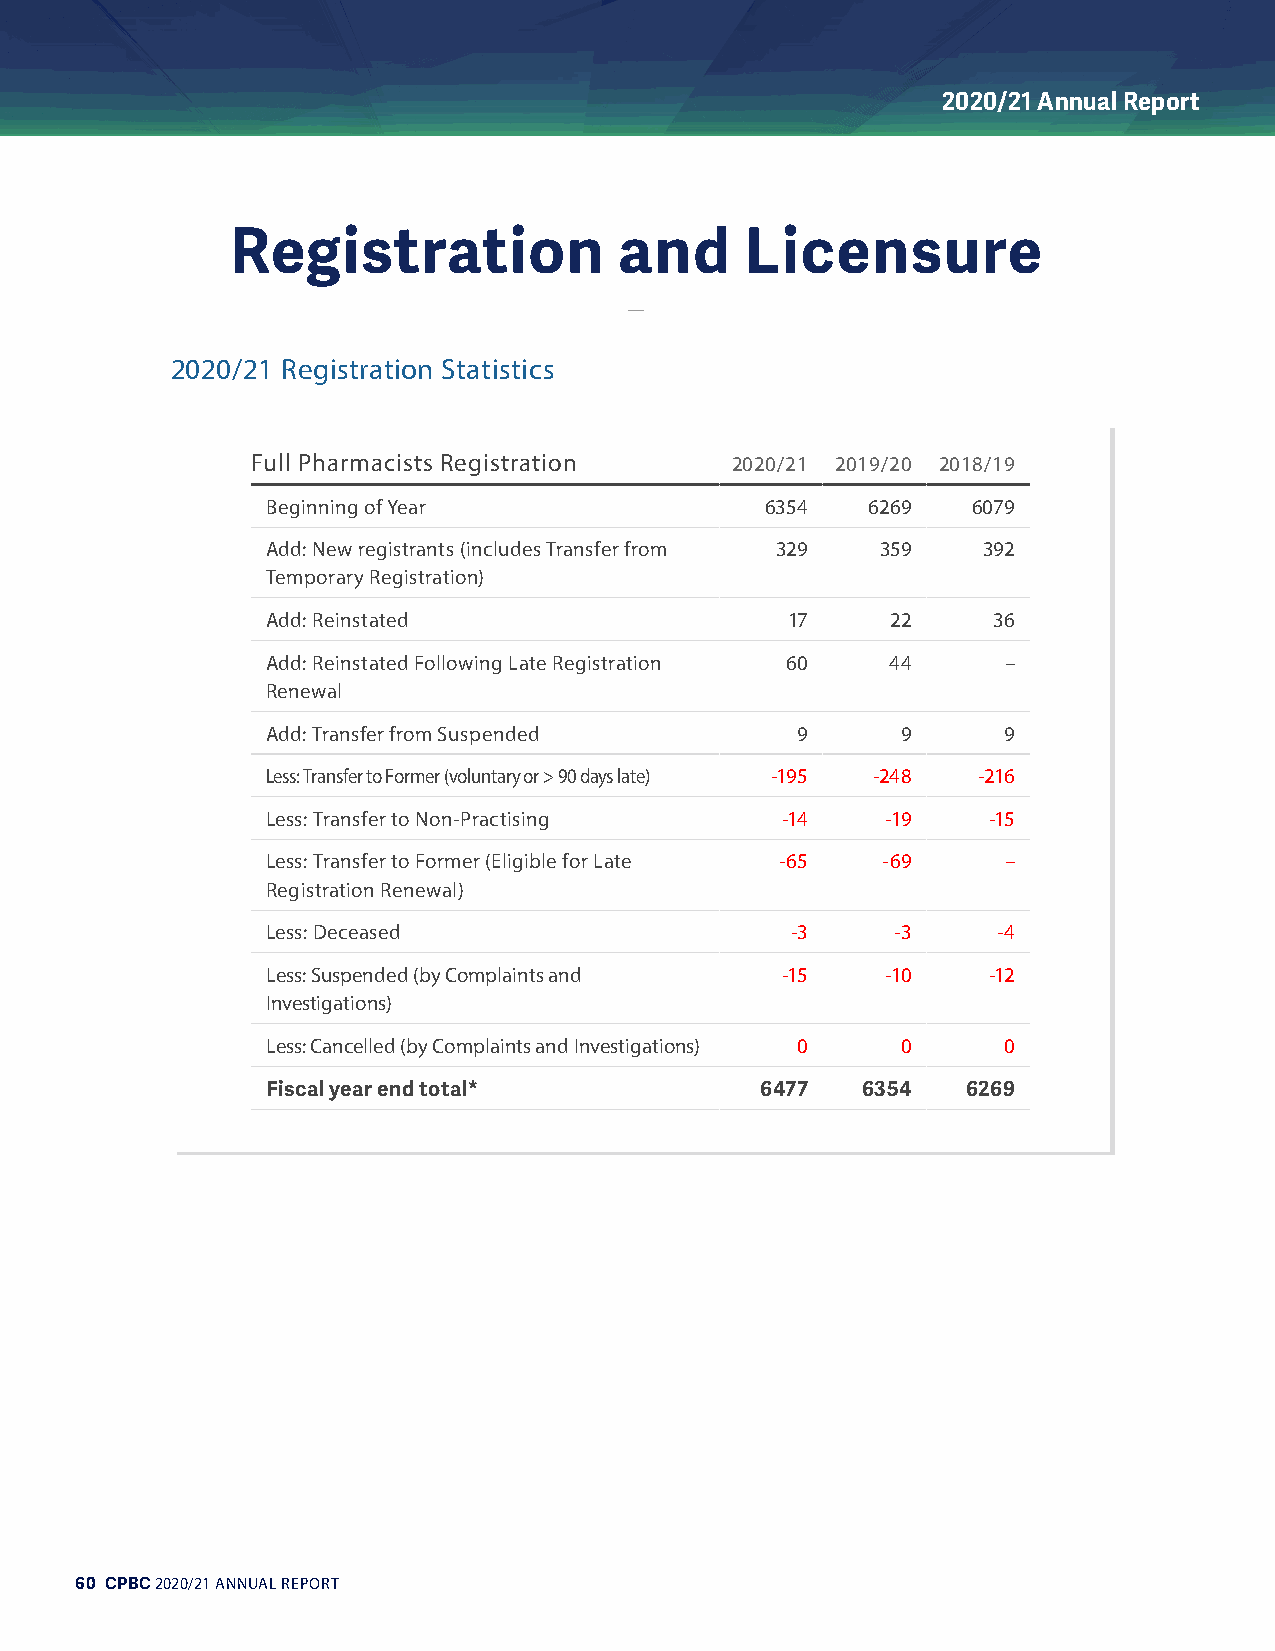
2020/21 Annual Report
 Registration              and     Licensure
 2020/21 Registration Statistics
 Full Pharmacists Registration  2020/21 2019/20 2018/19
 Beginning of Year                6354  6269   6079
 Add: New registrants (includes Transfer from 329 359 392
 Temporary Registration)
 Add: Reinstated                   17     22     36
 Add: Reinstated Following Late Registration 60 44 –
 Renewal
 Add: Transfer from Suspended       9      9     9
 Less: Transfer to Former (voluntary or > 90 days late) -195 -248 -216
 Less: Transfer to Non-Practising  -14    -19   -15
 Less: Transfer to Former (Eligible for Late -65 -69 –
 Registration Renewal)
 Less: Deceased                    -3     -3     -4
 Less: Suspended (by Complaints and -15   -10   -12
 Investigations)
 Less: Cancelled (by Complaints and Investigations) 0 0 0
 Fiscal year end total*          6477   6354   6269
 60 CPBC 2020/21 ANNUAL REPORT